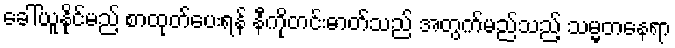
ခေါ်ယူနိုင်မည့် စာထုတ်ပေးရန် နီကိုတင်းဓာတ်သည် အတွက်မည်သည့် သမ္မတနေရာ